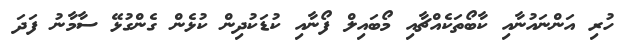
ހުރި އަންނައުނާއި ކާބޯތަކެއްޗާއި މޯބައިލް ފޯނާއި ކުޑަކުދިން ކުޅެން ގެންގުޅޭ ސާމާނު ފަދަ